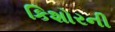
કિશોરની